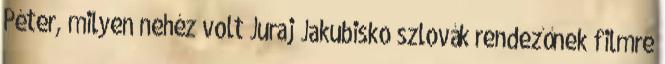
Péter, milyen nehéz volt Juraj Jakubisko szlovák rendezőnek filmre